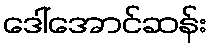
ဒေါ်အောင်ဆန်း